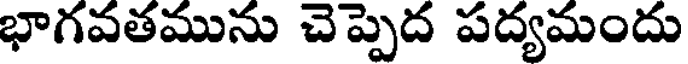
భాగవతమును చెప్పెద పద్యమందు